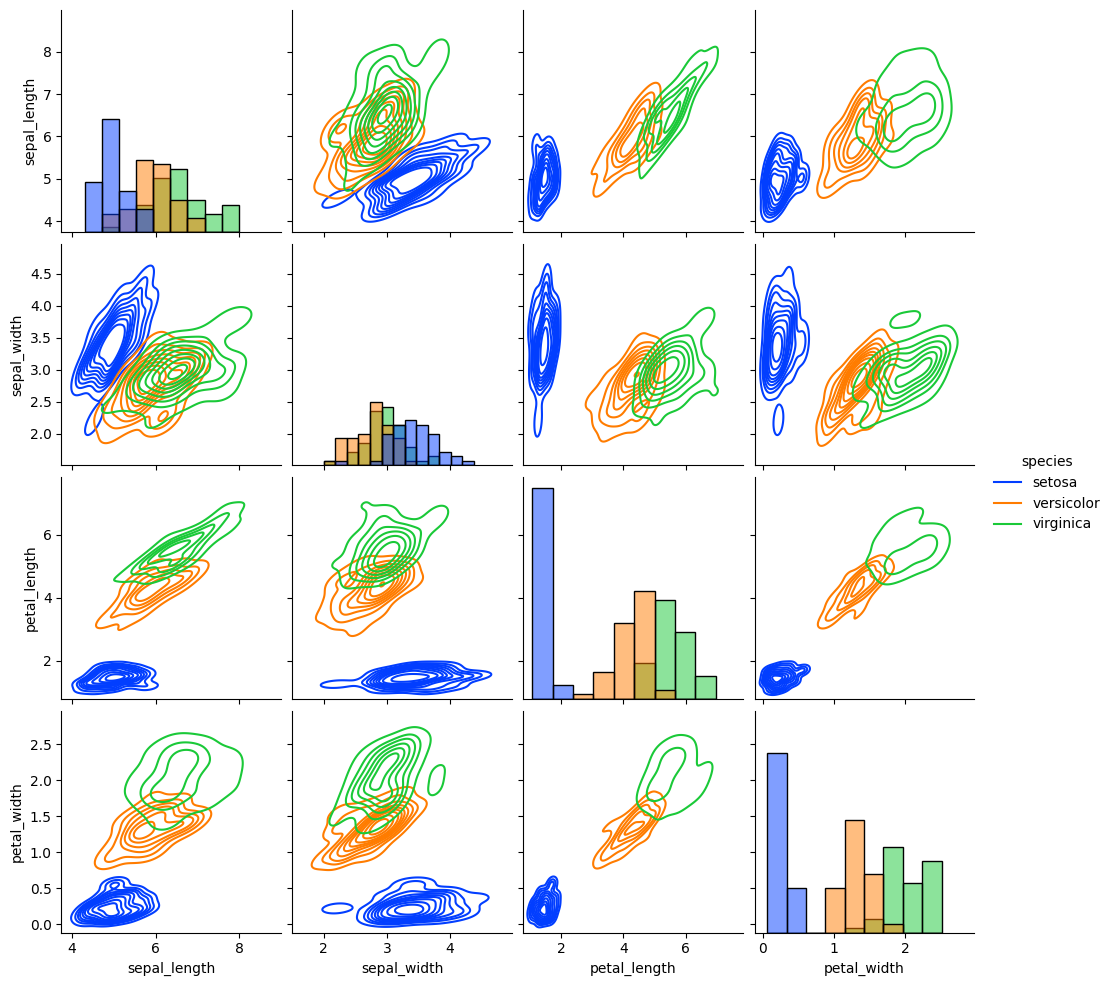
python, seaborn, pairplot, palette='bright', markers=['o', 's', 'D'], kind='kde', diag_kind='hist'